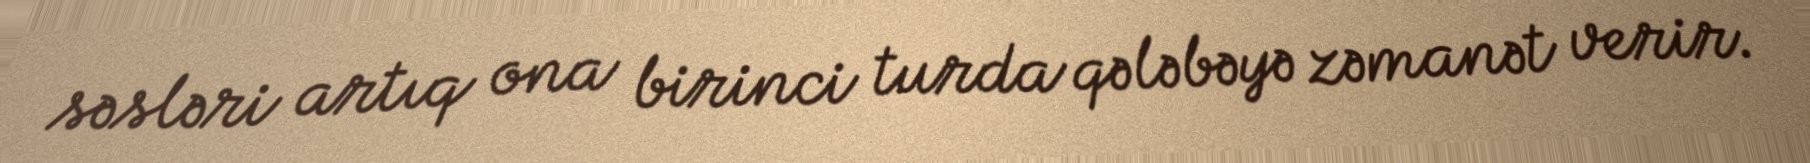
səsləri artıq ona birinci turda qələbəyə zəmanət verir.